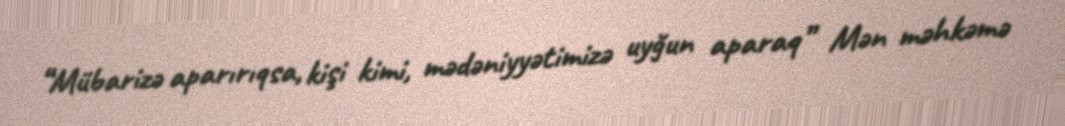
“Mübarizə aparırıqsa, kişi kimi, mədəniyyətimizə uyğun aparaq” Mən məhkəmə